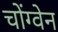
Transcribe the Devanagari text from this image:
चोंग्वेन